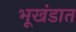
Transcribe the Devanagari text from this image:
भूखंडात